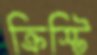
ক্রিস্টি